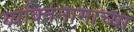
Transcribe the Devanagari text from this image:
व्यक्तिनामाच्या